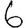
Digit: 6